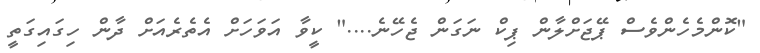
"ކޮންމެހެންވެސް ޕޭޖަށްލާން ޕިކް ނަގަން ޖެހޭނެ...." ކީވާ އަވަހަށް އެތެރެއަށް ދާން ހިގައިގަތީ